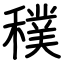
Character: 穙